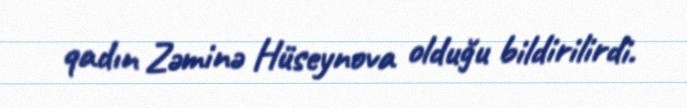
qadın Zəminə Hüseynova olduğu bildirilirdi.